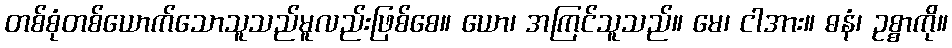
တစ်စုံတစ်ယောက်သောသူသည်မူလည်းဖြစ်စေ။ ယော၊ အကြင်သူသည်။ မေ၊ ငါအား။ ဓနံ၊ ဥစ္စာကို။